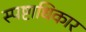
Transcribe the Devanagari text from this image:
स्पष्टाधिकार